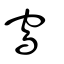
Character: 窵